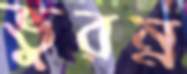
ভুরম্ন